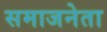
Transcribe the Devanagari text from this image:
समाजनेता